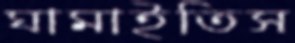
ঘামাইতিস